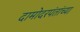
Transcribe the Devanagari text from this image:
दामोदरपंतांच्या